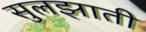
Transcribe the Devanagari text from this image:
सुलझाती